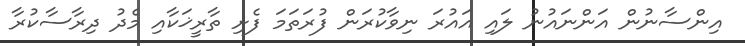
އިންސާނުން އަންނައުނު ލައި އައުރަ ނިވާކުރަން ފުރަތަމަ ފެށި ތާރީޚަކާއި މެދު ދިރާސާކުރާ